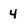
Character: 4